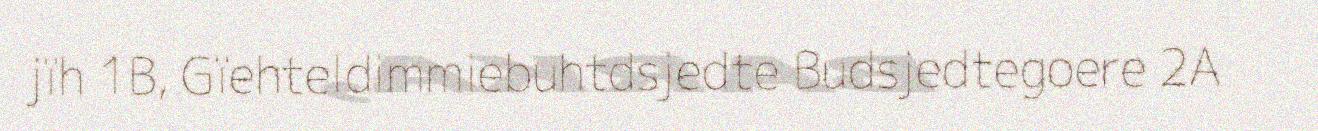
jïh 1B, Gïehteldimmiebuhtdsjedte Budsjedtegoere 2A